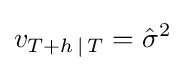
v_{T+h\,\mid \,T}={\hat {\sigma }}^{2}